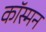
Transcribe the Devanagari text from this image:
कॉस्मन